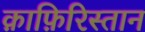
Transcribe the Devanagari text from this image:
क़ाफ़िरिस्तान